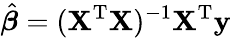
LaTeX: {\hat{\boldsymbol{\beta}}}=(\mathbf{X}^{\mathrm{{T}}}\mathbf{X})^{-1}\mathbf{X}^{\mathrm{{T}}}\mathbf{y}